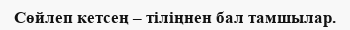
Сөйлеп кетсең – тіліңнен бал тамшылар.